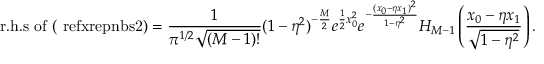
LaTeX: \mathrm { r . h . s ~ o f ~ ( \ r e f { x r e p n b s 2 } ) } = { \frac { 1 } { \pi ^ { 1 / 2 } \sqrt { ( M - 1 ) ! } } } ( 1 - \eta ^ { 2 } ) ^ { - { \frac { M } { 2 } } } e ^ { { \frac { 1 } { 2 } } x _ { 0 } ^ { 2 } } e ^ { - { \frac { ( x _ { 0 } - \eta x _ { 1 } ) ^ { 2 } } { 1 - \eta ^ { 2 } } } } H _ { M - 1 } \left( { \frac { x _ { 0 } - \eta x _ { 1 } } { \sqrt { 1 - \eta ^ { 2 } } } } \right) .